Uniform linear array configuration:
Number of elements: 24
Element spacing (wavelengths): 0.5
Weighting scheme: binomial
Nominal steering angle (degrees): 0
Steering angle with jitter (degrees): -0.376
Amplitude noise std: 0.05
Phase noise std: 0.05

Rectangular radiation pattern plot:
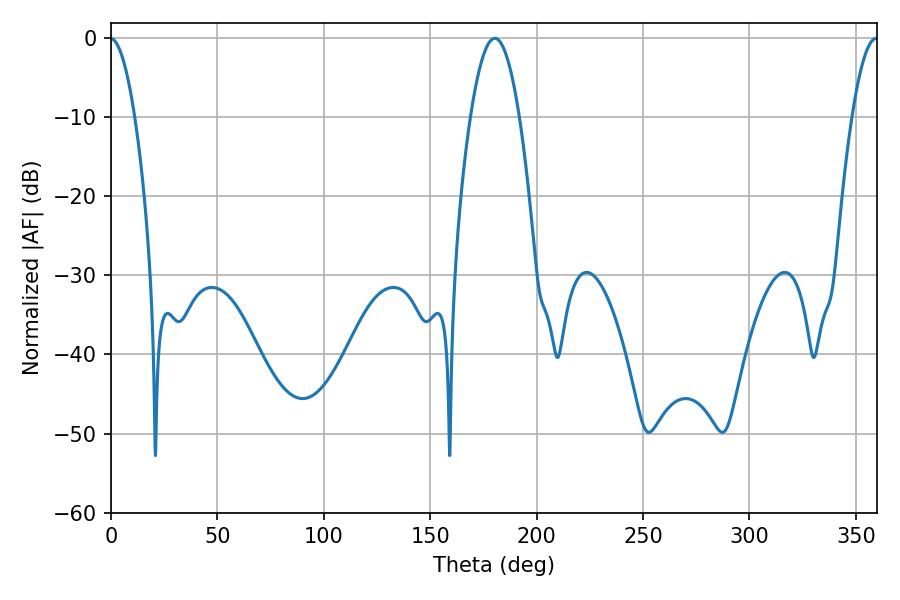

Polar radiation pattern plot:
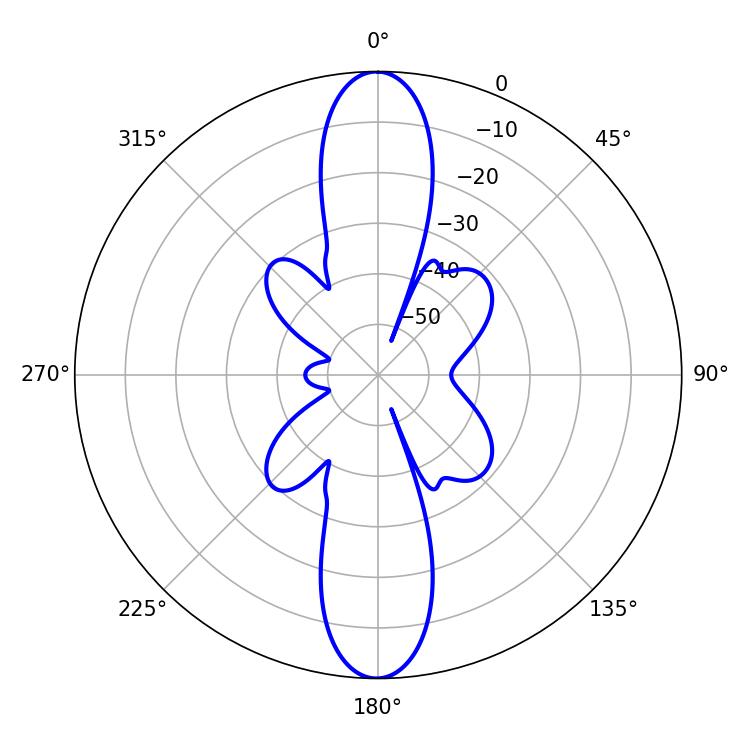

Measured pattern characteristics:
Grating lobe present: FALSE
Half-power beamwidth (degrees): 12.6
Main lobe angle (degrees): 180.36